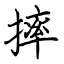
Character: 摔